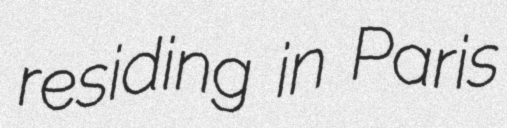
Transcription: residing in Paris